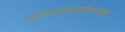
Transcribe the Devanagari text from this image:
अंमलबजावणीसाठीही